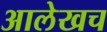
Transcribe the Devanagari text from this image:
अालेखच